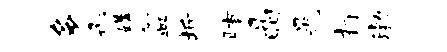
多彤媾盆圻脯晶晃打渤